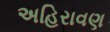
અહિરાવણ